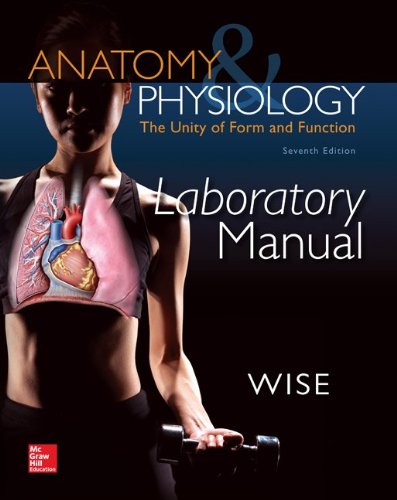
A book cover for Laboratory Manual for Anatomy & Physiology; Eric Wise; Science & Math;